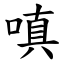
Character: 嗔